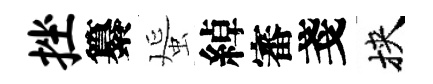
挫纂蜑綽審戔挾